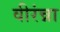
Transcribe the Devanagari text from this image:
वीरंन्ना